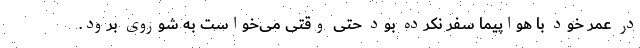
در عمر خود با هواپیما سفر نکرده بود حتی وقتی می‌خواست به شوروی برود.